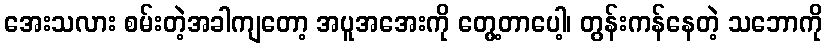
အေးသလား စမ်းတဲ့အခါကျတော့ အပူအအေးကို တွေ့တာပေါ့၊ တွန်းကန်နေတဲ့ သဘောကို